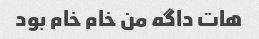
هات داگه من خام خام بود